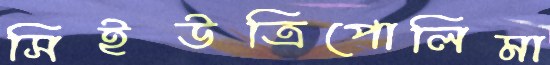
সিইউত্রিপোলিমা